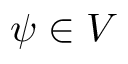
\psi \in V